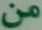
من